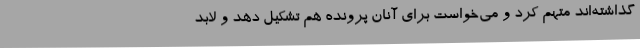
گذاشته‌اند متهم کرد و می‌خواست برای آنان پرونده هم تشکیل دهد و لابد